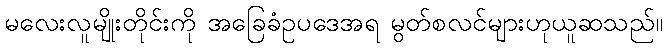
မလေးလူမျိုးတိုင်းကို အခြေခံဥပဒေအရ မွတ်စလင်များဟုယူဆသည်။